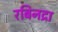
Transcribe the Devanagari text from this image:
रबिनद्रा